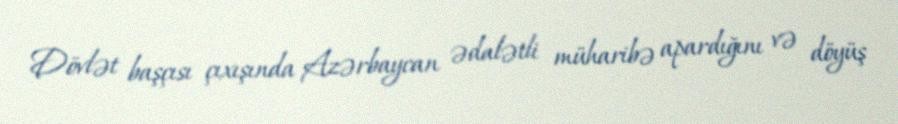
Dövlət başçısı çıxışında Azərbaycan ədalətli müharibə apardığını və döyüş